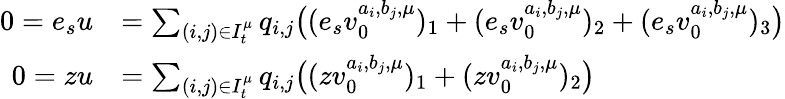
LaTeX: \begin{array}{rl}{0=e_{s}u}&{=\sum_{(i,j)\in I_{t}^{\mu}}q_{i,j}\big((e_{s}v_{0}^{a_{i},b_{j},\mu})_{1}+(e_{s}v_{0}^{a_{i},b_{j},\mu})_{2}+(e_{s}v_{0}^{a_{i},b_{j},\mu})_{3}\big)}\\ {0=zu}&{=\sum_{(i,j)\in I_{t}^{\mu}}q_{i,j}\big((zv_{0}^{a_{i},b_{j},\mu})_{1}+(zv_{0}^{a_{i},b_{j},\mu})_{2}\big)}\end{array}